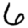
Digit: 6